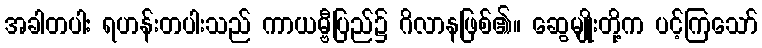
အခါတပါး ရဟန်းတပါးသည် ကာယမ္ဗီပြည်၌ ဂိလာနဖြစ်၏။ ဆွေမျိုးတို့က ပင့်ကြသော်